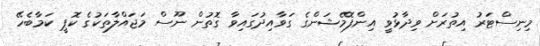
މިނިސްޓަރު އިތުރަށް ވިދާޅުވީ އިންފޮމޭޝަންގެ ގަވާއިދުގައިވާ ގޮތުން ނޫސް މަޖައްލާތަކުގެ ކޮޕީ ކަމާބެހޭ